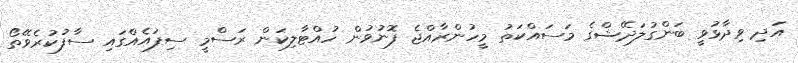
އަދި ވިދާޅުވީ ބަންގުލަދޭޝްގެ މަސައްކަތު މީހުންރާއްޖެ ފޮނުވުން ހުއްޓާލިކަން ރަސްމީ ސިފައެއްގައި ސާފުކުރެވޭތޯ